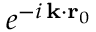
e ^ { - i \, \mathbf { k } \cdot \mathbf { r } _ { 0 } }